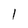
Character: 1